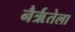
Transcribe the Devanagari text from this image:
नैर्ऋतेला